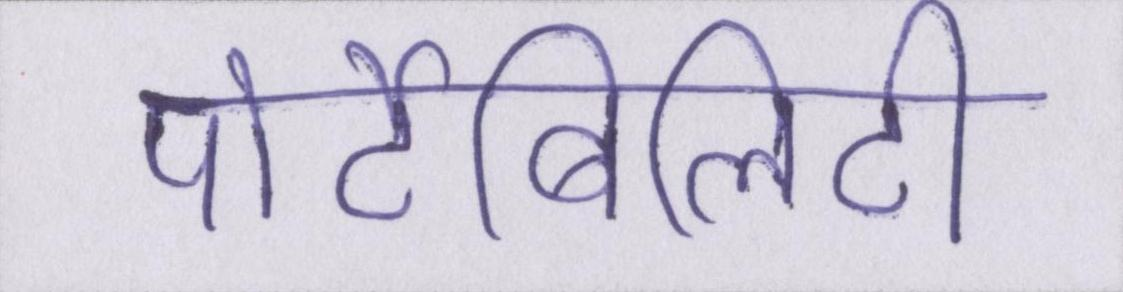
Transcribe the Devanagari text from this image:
पोर्टेबिलिटी